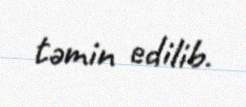
təmin edilib.